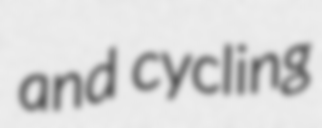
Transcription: and cycling